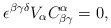
\begin{align*}\epsilon ^{\beta \gamma \delta }V_\alpha C_{\beta \gamma }^\alpha =0,\end{align*}